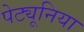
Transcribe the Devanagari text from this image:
पेट्यूनिया